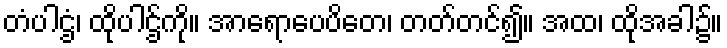
တံပါဌံ၊ ထိုပါဌ်ကို။ အာရောပေပိတေ၊ တတ်တင်၍။ အထ၊ ထိုအခါ၌။